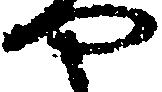
や